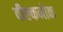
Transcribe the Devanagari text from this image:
वील्कनोक